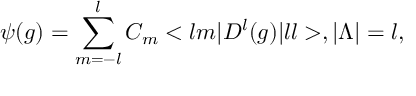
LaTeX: \psi ( g ) = \sum _ { m = - l } ^ { l } C _ { m } < l m | D ^ { l } ( g ) | l l > , | { \Lambda } | = l ,